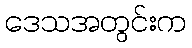
ဒေသအတွင်းက